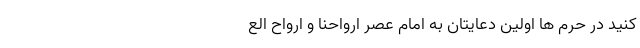
کنید در حرم ها اولین دعایتان به امام عصر ارواحنا و اَرْواحُ الْعَ